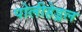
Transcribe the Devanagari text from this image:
पोलीहेड्रल